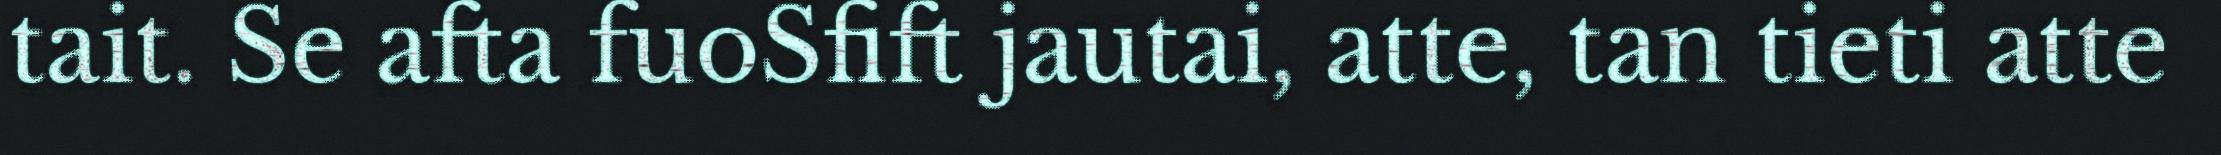
tait. Se afta fuoSfift jautai, atte, tan tieti atte